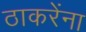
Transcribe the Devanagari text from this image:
ठाकरेंना